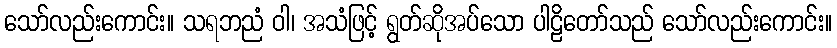
သော်လည်းကောင်း။ သရဘညံ ဝါ၊ အသံဖြင့် ရွတ်ဆိုအပ်သော ပါဠိတော်သည် သော်လည်းကောင်း။